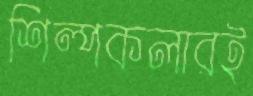
শিল্পকলারই